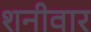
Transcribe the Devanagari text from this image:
शनीवार